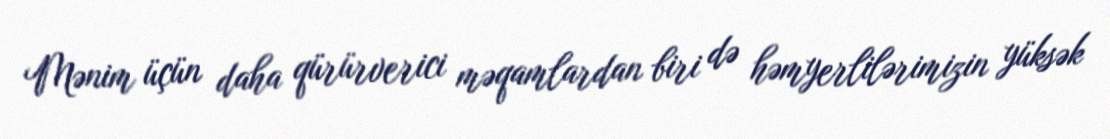
Mənim üçün daha qürürverici məqamlardan biri də həmyerlilərimizin yüksək